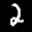
Label: 2